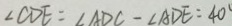
\angle C D E = \angle A D C - \angle A D E = 4 0 ^ { \circ }